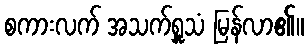
စကားလက် အသက်ရှူသံ မြန်လာ၏။